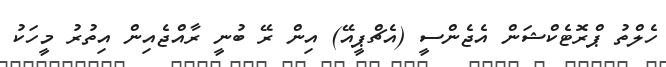
ހެލްތު ޕްރޮޓެކްޝަން އެޖެންސީ (އެޗްޕީއޭ) އިން ރޭ ބުނީ ރާއްޖެއިން އިތުރު މީހަކު